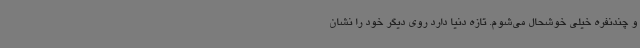
و چندنفره خیلی خوشحال می‌شوم. تازه دنیا دارد روی دیگر خود را نشان